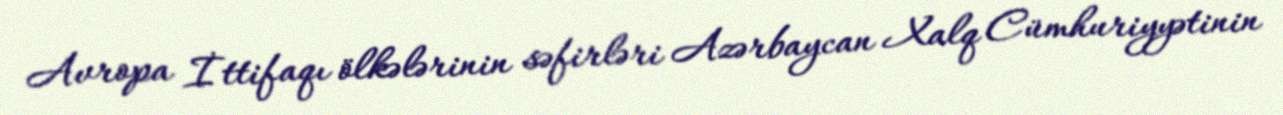
Avropa İttifaqı ölkələrinin səfirləri Azərbaycan Xalq Cümhuriyyətinin